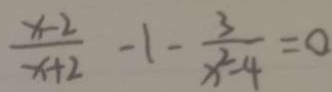
\frac { x - 2 } { x + 2 } - 1 - \frac { 3 } { x ^ { 2 } - 4 } = 0